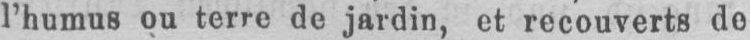
l’humus ou terre de jardin, et recouverts do